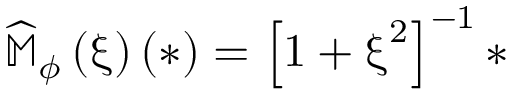
\widehat { \mathbb { M } } _ { \phi } \left( \boldsymbol { \upxi } \right) ( \ast ) = \left[ 1 + \boldsymbol { \upxi } ^ { 2 } \right] ^ { - 1 } \ast